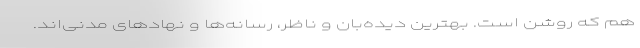
هم که روشن است. بهترین دیده‌بان و ناظر، رسانه‌ها و نهادهای مدنی‌اند.